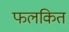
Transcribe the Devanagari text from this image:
फलकित